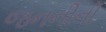
જનનીની